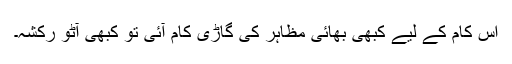
اس کام کے لیے کبھی بھائی مظاہر کی گاڑی کام آئی تو کبھی آٹو رکشہ۔